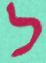
ל